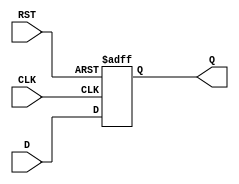
module FlipFlopRegister #(
    parameter N = 8  // Width of the register (number of bits)
) (
    input wire [N-1:0] D,    // Data inputs
    input wire CLK,           // Clock input
    input wire RST,           // Reset input
    output reg [N-1:0] Q      // Data outputs
);

// Synchronous reset and data capture
always @(posedge CLK or posedge RST) begin
    if (RST) begin
        Q <= {N{1'b0}}; // Reset all bits to 0
    end else begin
        Q <= D; // Capture data on clock edge
    end
end

endmodule